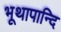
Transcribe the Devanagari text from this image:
भूथापान्दि